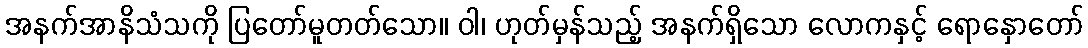
အနက်အာနိသံသကို ပြတော်မူတတ်သော။ ဝါ၊ ဟုတ်မှန်သည့် အနက်ရှိသော လောကနှင့် ရောနှောတော်